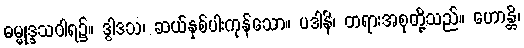
ဓမ္မုဒ္ဒသဝါရ၌။ ဒွါဒသ၊ ဆယ်နှစ်ပါးကုန်သော။ ပဒါနိ၊ တရားအစုတို့သည်။ ဟောန္တိ၊